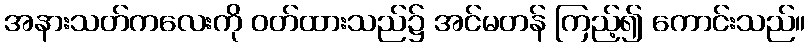
အနားသတ်ကလေးကို ဝတ်ထားသည်၌ အင်မတန် ကြည့်၍ ကောင်းသည်။